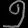
Digit: ၅